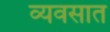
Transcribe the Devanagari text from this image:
व्यवसात